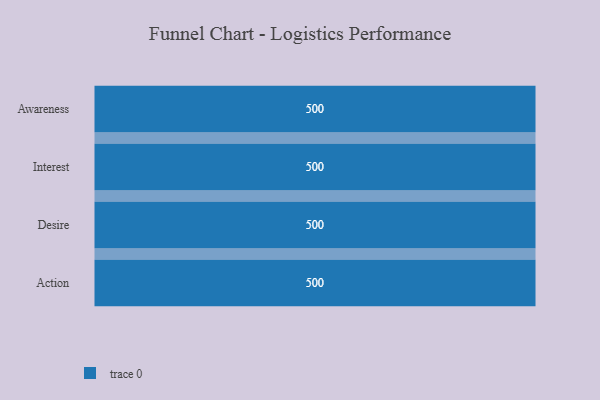
{"axis": {"x": "Stage", "y": "Value"}, "legend": [""], "data": [{"x": "Awareness", "y": 500, "type": ""}, {"x": "Interest", "y": 500, "type": ""}, {"x": "Desire", "y": 500, "type": ""}, {"x": "Action", "y": 500, "type": ""}]}